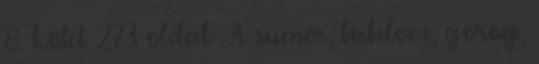
8. kötet 273 oldal . A sumér, babiloni, görög,